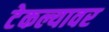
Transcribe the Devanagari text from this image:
टेकल्यावर